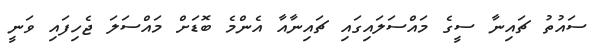
ސައުތު ޗައިނާ ސީގެ މައްސަލައިގައި ޗައިނާއާ އެންމެ ބޮޑަށް މައްސަލަ ޖެހިފައި ވަނީ